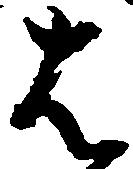
は